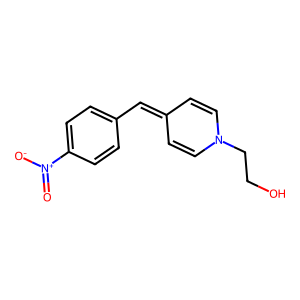
SMILES: O=[N+]([O-])c1ccc(C=C2C=CN(CCO)C=C2)cc1
Inhibits HIV replication: No